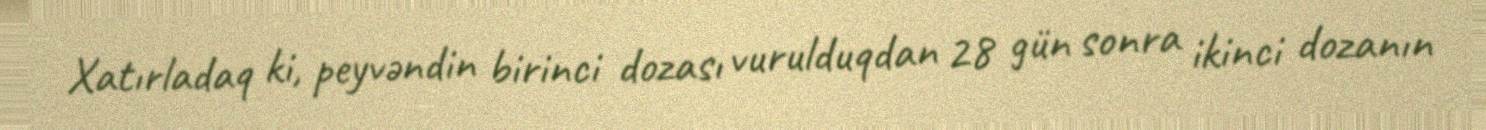
Xatırladaq ki, peyvəndin birinci dozası vurulduqdan 28 gün sonra ikinci dozanın